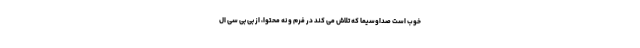
خوب است صداوسیما که تلاش می کند در فرم و نه محتوا، از بی بی سی ال